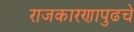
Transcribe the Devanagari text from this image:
राजकारणापुढचे